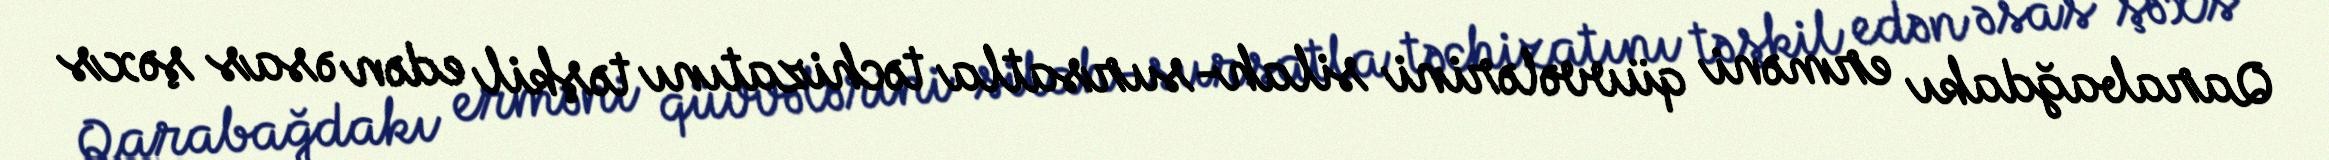
Qarabağdakı erməni qüvvələrini silah-sursatla təchizatını təşkil edən əsas şəxs